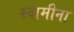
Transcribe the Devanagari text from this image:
स्वामीना